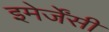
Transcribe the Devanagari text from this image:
इमेर्जेंसी